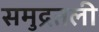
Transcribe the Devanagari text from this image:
समुद्रतली